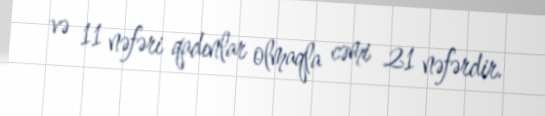
və 11 nəfəri qadınlar olmaqla cəmi 21 nəfərdir.